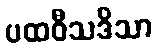
ပထဝီသဒိသာ